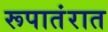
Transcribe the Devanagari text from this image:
रूपातंरात